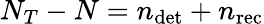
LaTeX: N_{T}-N=n_{\mathrm{det}}+n_{\mathrm{rec}}